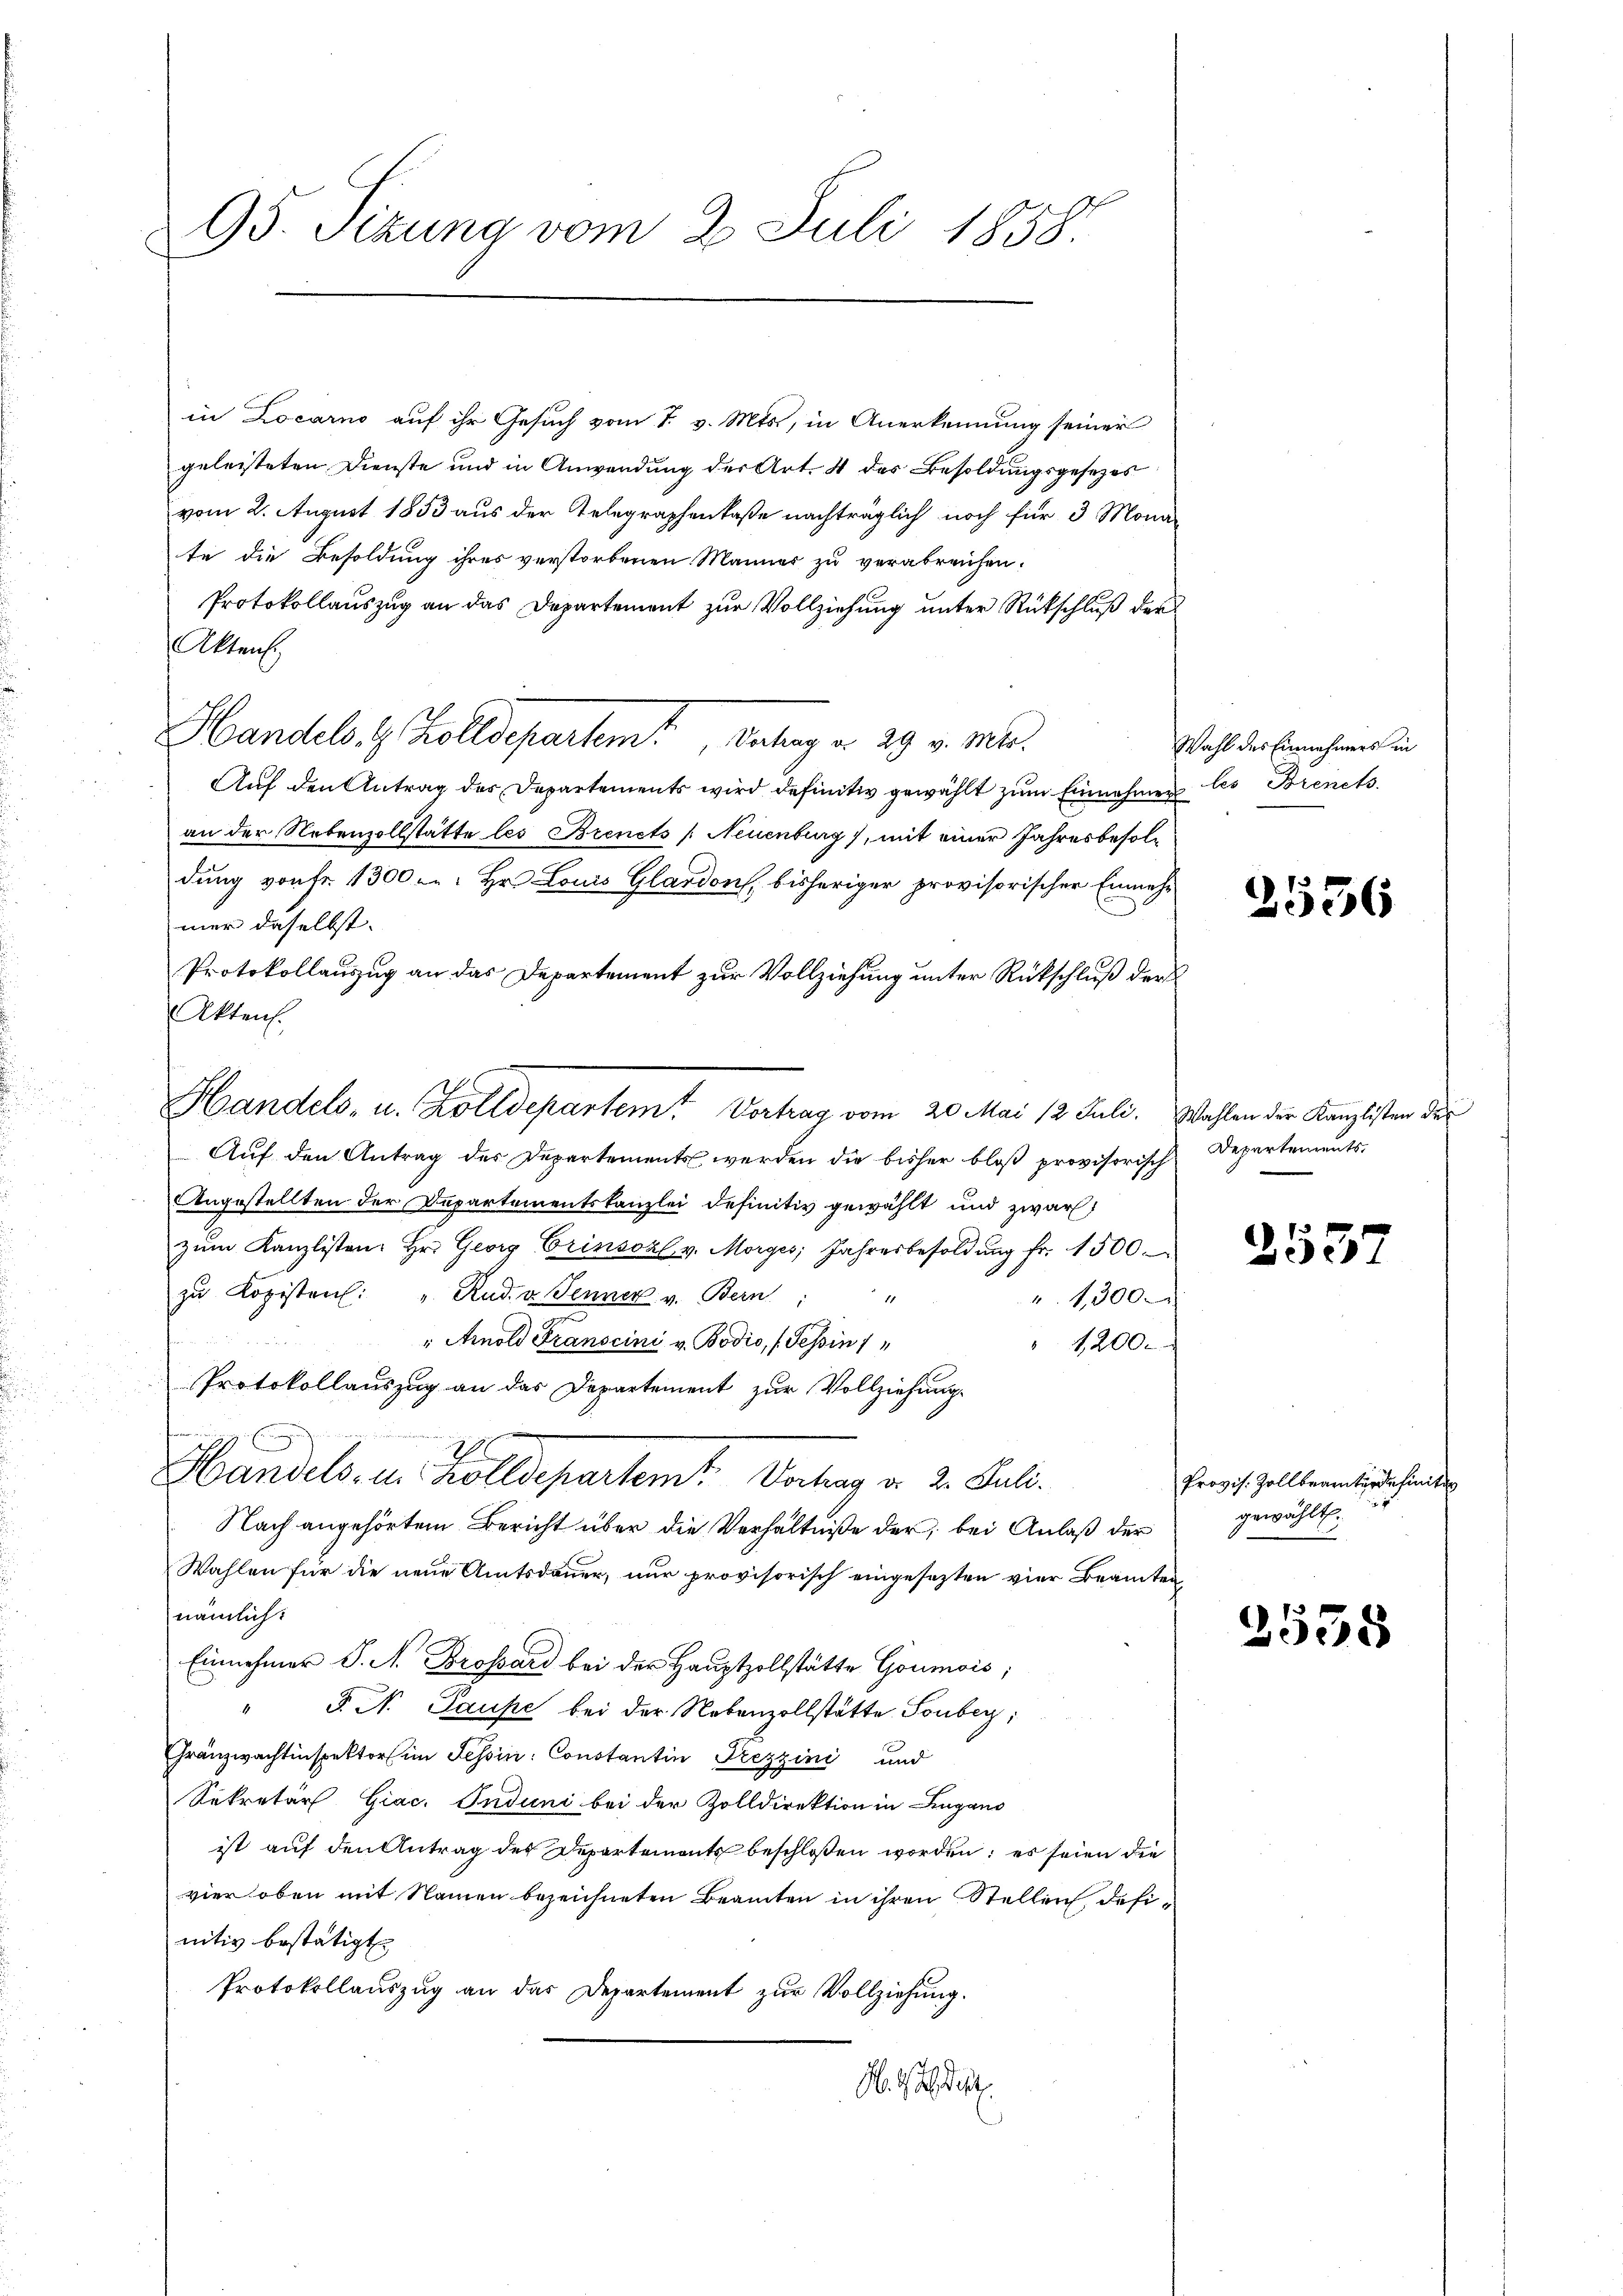
95. Sitzung vom 2. Juli 1858.

in Locarno auf ihr Gesuch vom 7. v. Mts., in Anerkennung seiner
geleisteten Dienste und in Anwendung der Art. 4 des Besoldungsgesezes
vom 2. August 1853 aus der Telegraphenkaße nachträglich noch für 3 Mona
te die Besoldung ihres verstorbenen Männer zu verabreichen.
Protokollauszug an das Departement zur Vollziehung unter Rückschluß der
Akten.
Handels. 4 Zolldepartem Antrag u. 29. v. Mts.
Auf den Antrag des Departements wird definitiv gewählt zum Einnahmen les Brents
an der Nebenzollstätte les Brenets /: Neuenburg), mit einer Jahresbesoldung von fr. 1300 f: Hr. Louis Glardon, bisheriger provisorischer Einnehmer daselbst.
Protokollauszug an das Departement zur Vollziehung unter Rückschluß der
Akten.
Auf den Antrag des Departements werden die bisher bloß provisorisch
Angestellten der Departementskanzlei definitiv gewählt und zwar
zŭm Kanzlisten. Hr. Georg Erinsozl v. Morges Jahresbesoldŭng fr. 1500.
zŭ Kopisten: " Rud. v. Jenner v. Bern:
1
1,300
" Arnold Franscini v. Bodio, (Tessin 1
 12000
Protokollauszug an das Departement zur Vollziehung.
Handels- u. Zolldepartemt. Vorhang v. 2. Juli.
Nach angehörtem Bericht über die Verhältniße der, bei Anlaß der
Wahlen für die neue Amtsdauer, nur provisorisch eingesezten vier Beamten
nämlich:
Einnehmer P. N. Brossard bei der Hauptzollstätte Goumois,
" J. N. Pause bei der Nebenzollstätte Sonbeg;
Gränzwachtinspektor im Tessin: Constantin Trezzini und
Sekretär Giac. Induni bei der Zolldirektion in Lugano
ist auf den Antrag des Departemonts beschloßen worden; es seien die
vier oben mit Namen bezeichneten Beamten in ihren Stellen, definitiv bestätigt
Protokollauszug an das Departement zur Vollziehung.
A. 2 des

Handels- u. Zolldepartem Vertrag vom 20. Mai 12 Juli. Wahlen der Kanzlisten der

Wahl des Einnehmers in

2556

Departements,

2557

Provis. Zollbeamter definiten
gewählt.
1

2535